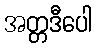
အတ္တဒီပေါ